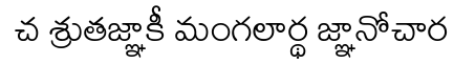
చ శ్రుతజ్ఞాకీ మంగలార్థ జ్ఞానోచార